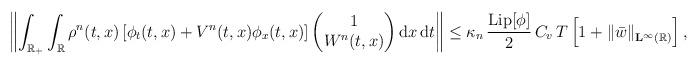
LaTeX: \begin{align*}\left\| \int_{{\mathbb{R}}_+}\int_{\mathbb{R}} \rho^n(t,x)\left[\phi_t(t,x) + V^n(t,x) \phi_x(t,x)\right] \begin{pmatrix} 1 \\ W^n(t,x)\end{pmatrix} {\rm{d}} x \,{\rm{d}} t\right\| \leq \kappa_n \, \frac{{\mathrm{Lip}}[\phi]}{2} \, C_v \, T \left[1+\left\|\bar{w}\right\|_{\mathbf{L^\infty}({\mathbb{R}})}\right], \end{align*}